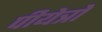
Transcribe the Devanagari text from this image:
पीयेत्रो